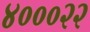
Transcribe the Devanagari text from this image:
४०००२२